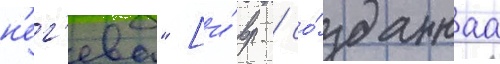
н'ег'ева" [и́вр. / со́зданнаа